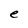
Character: e